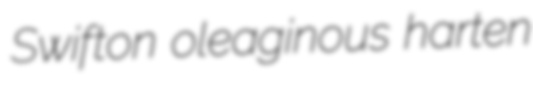
Swifton oleaginous harten